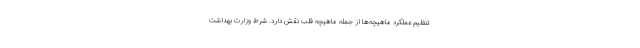
تنظیم عملکرد ماهیچه‌ها از جمله ماهیچه قلب نقش دارد. شرط وزارت بهداشت